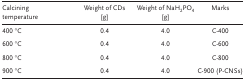
<table><thead><tr><td><b>Calcining temperature</b></td><td><b>Weight of CDs [g]</b></td><td><b>Weight of NaH<sub>2</sub>PO<sub>4</sub> [g]</b></td><td><b>Marks</b></td></tr></thead><tbody><tr><td>400 °C</td><td>0.4</td><td>4.0</td><td>C‐400</td></tr><tr><td>600 °C</td><td>0.4</td><td>4.0</td><td>C‐600</td></tr><tr><td>800 °C</td><td>0.4</td><td>4.0</td><td>C‐800</td></tr><tr><td>900 °C</td><td>0.4</td><td>4.0</td><td>C‐900 (P‐CNSs)</td></tr></tbody></table>